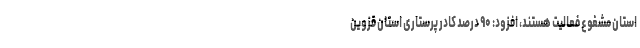
استان مشغوع فعالیت هستند، افزود: ۹۰ درصد کادر پرستاری استان قزوین